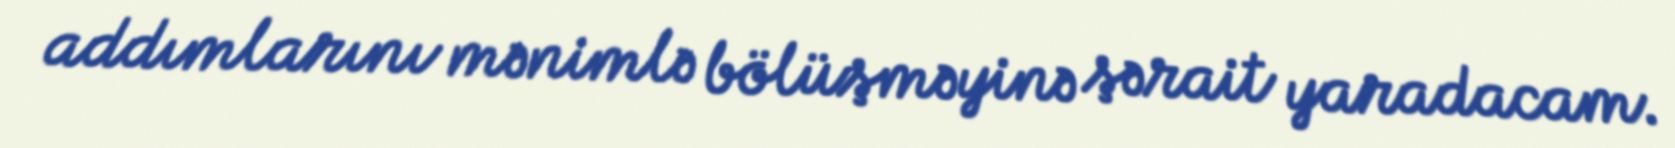
addımlarını mənimlə bölüşməyinə şərait yaradacam.